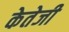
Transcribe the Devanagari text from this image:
केतेजी